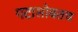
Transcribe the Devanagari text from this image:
गटासोबतच